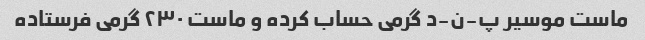
ماست موسیر پ-ن-د گرمی حساب کرده و ماست ۲۳۰ گرمی فرستاده